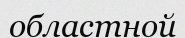
областной